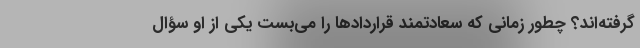
گرفته‌اند؟ چطور زمانی که سعادتمند قراردادها را می‌بست یکی از او سؤال